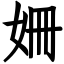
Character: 姍